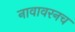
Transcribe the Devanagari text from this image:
नावावरनच